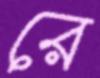
রে